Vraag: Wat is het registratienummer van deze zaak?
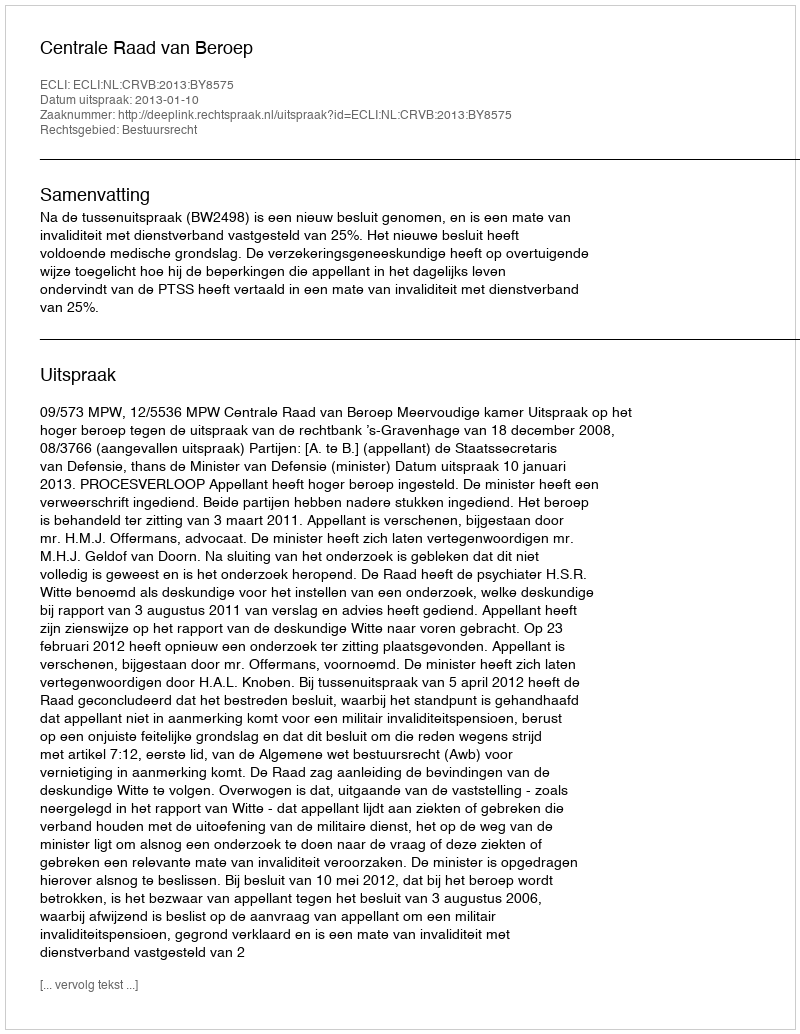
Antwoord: http://deeplink.rechtspraak.nl/uitspraak?id=ECLI:NL:CRVB:2013:BY8575